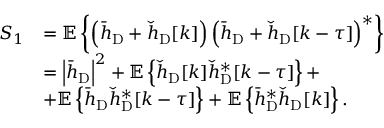
\begin{array} { r l } { S _ { 1 } } & { = \mathbb { E } \left\{ \left( \bar { h } _ { \mathrm { D } } + \check { h } _ { \mathrm { D } } [ k ] \right) \left( \bar { h } _ { \mathrm { D } } + \check { h } _ { \mathrm { D } } [ k - \tau ] \right) ^ { * } \right\} } \\ & { = \left| \bar { h } _ { \mathrm { D } } \right| ^ { 2 } + \mathbb { E } \left\{ \check { h } _ { \mathrm { D } } [ k ] \check { h } _ { \mathrm { D } } ^ { * } [ k - \tau ] \right\} + } \\ & { + \mathbb { E } \left\{ \bar { h } _ { \mathrm { D } } \check { h } _ { \mathrm { D } } ^ { * } [ k - \tau ] \right\} + \mathbb { E } \left\{ \bar { h } _ { \mathrm { D } } ^ { * } \check { h } _ { \mathrm { D } } [ k ] \right\} . } \end{array}